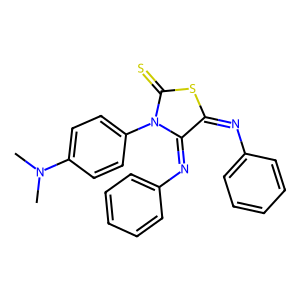
SMILES: CN(C)c1ccc(N2C(=S)SC(=Nc3ccccc3)C2=Nc2ccccc2)cc1
Inhibits HIV replication: No